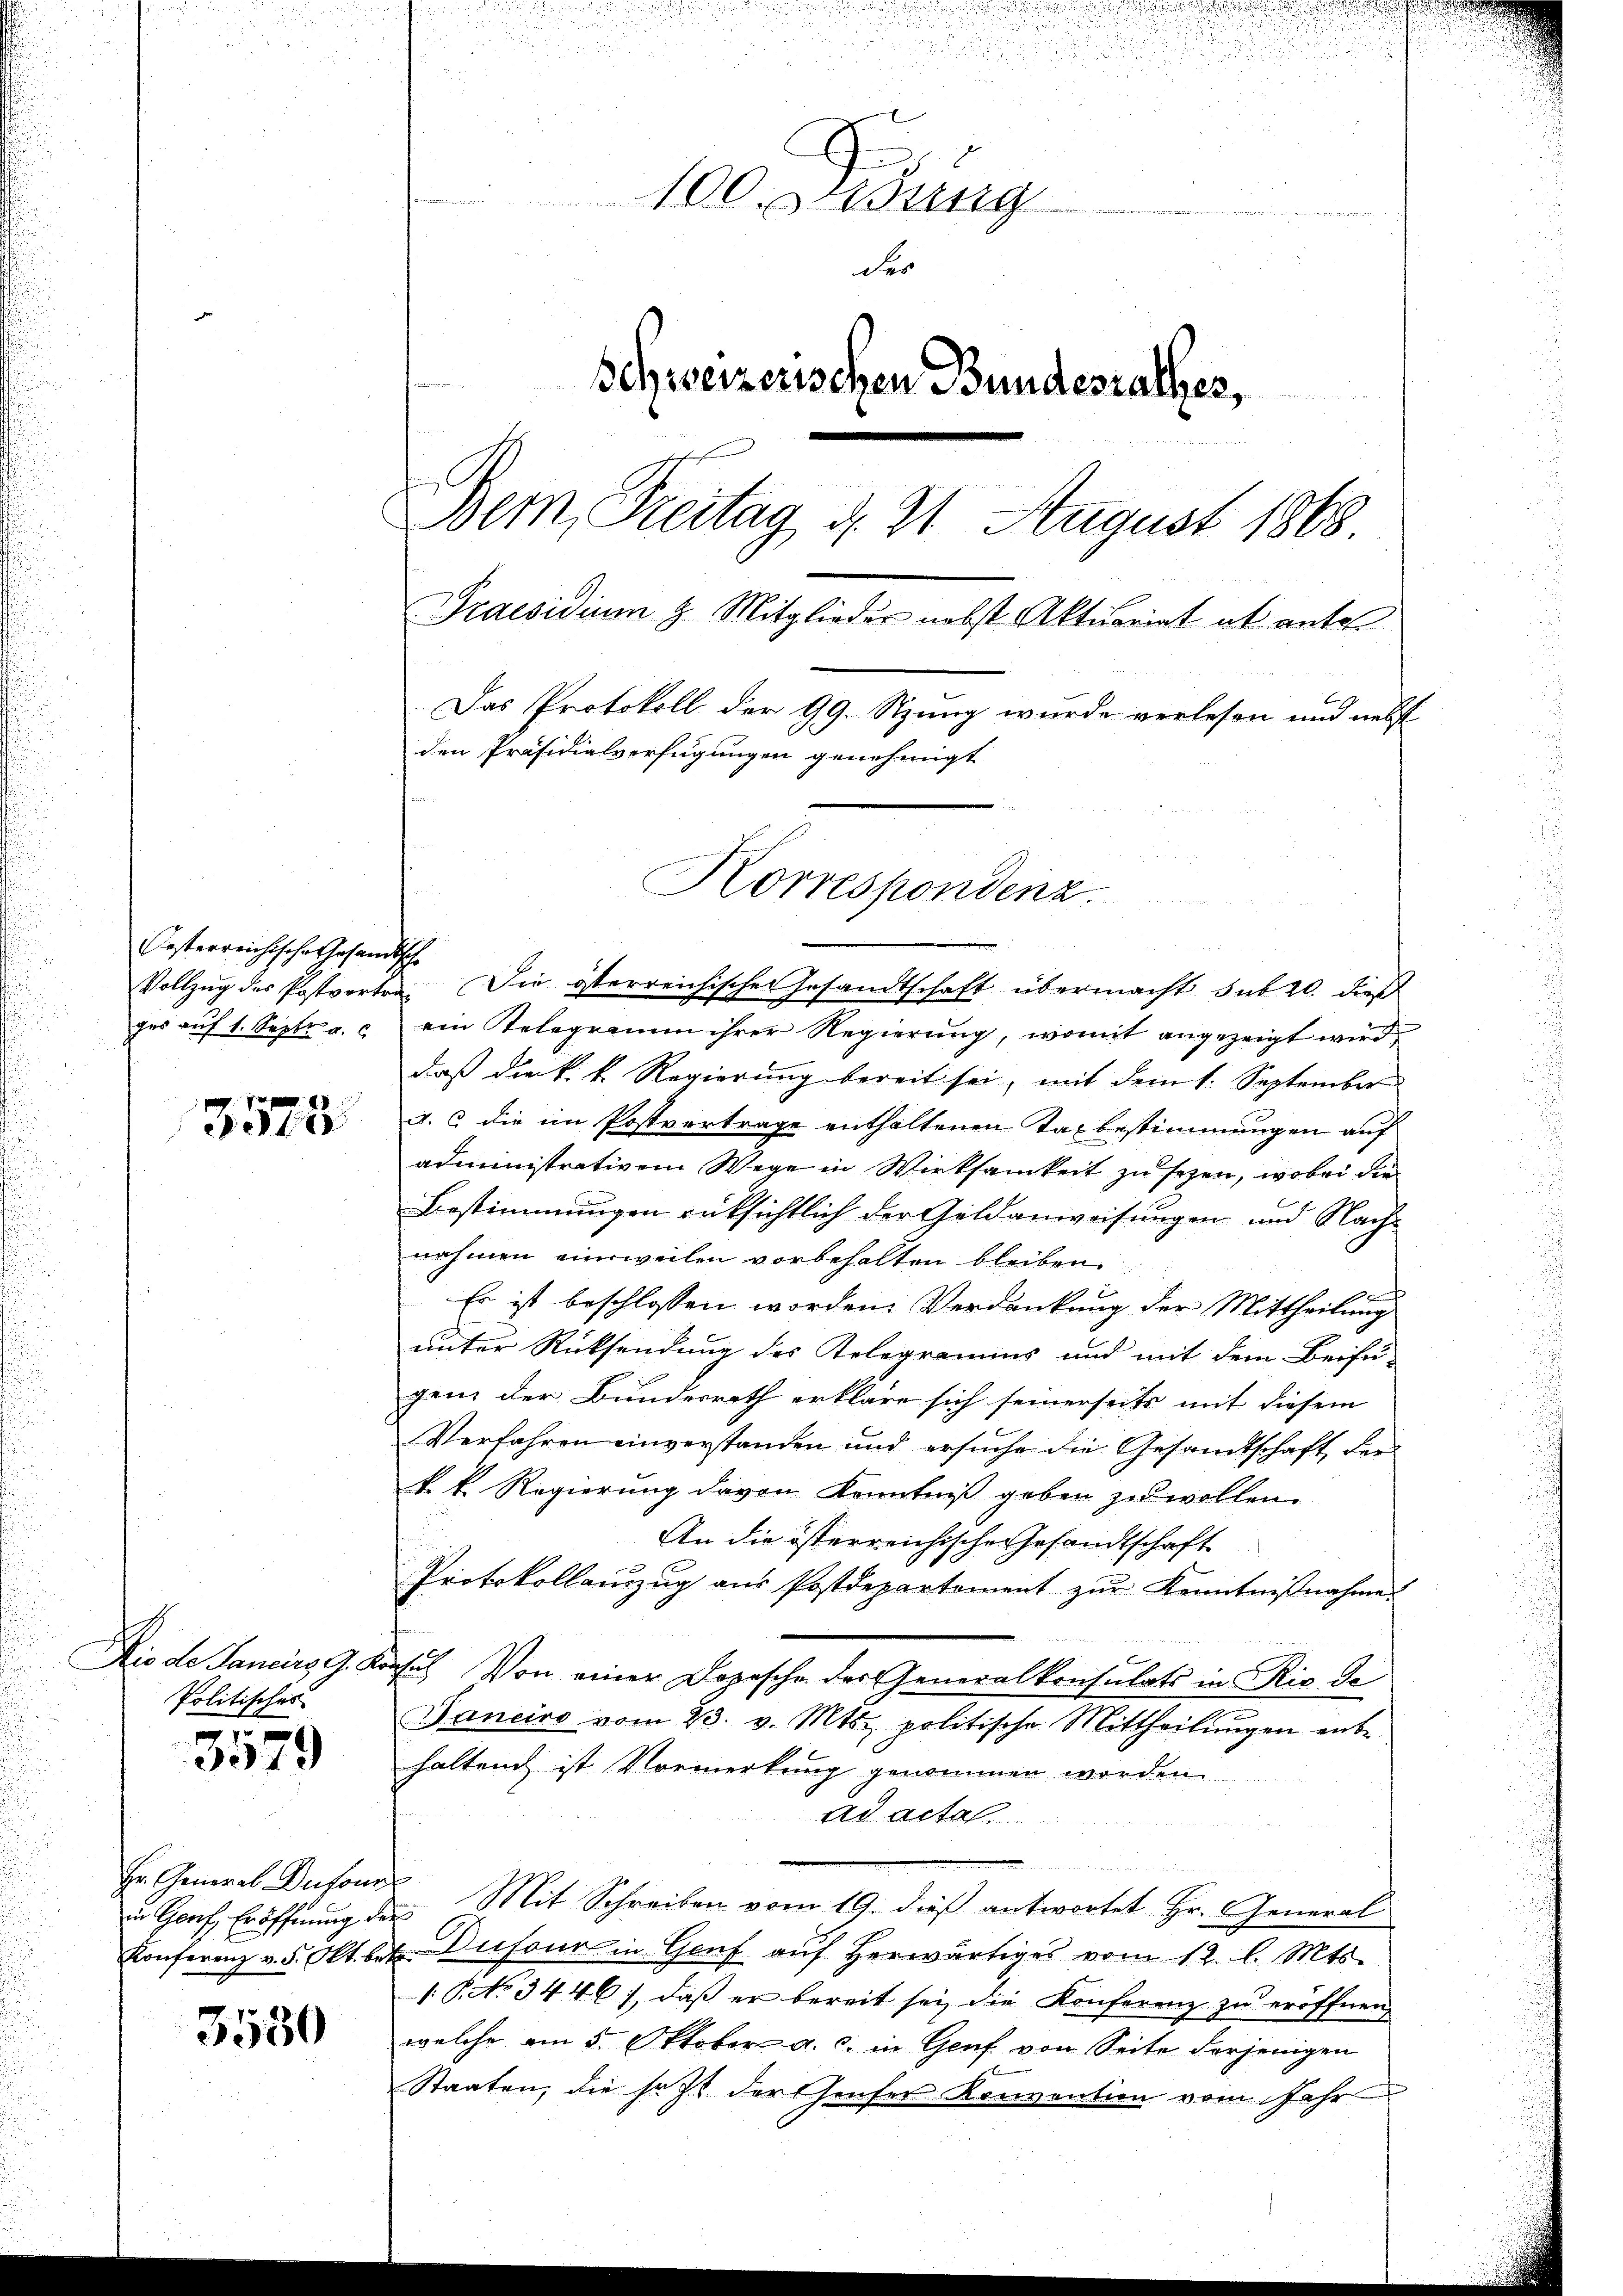
esterreichische Gesandtsche

3573

Politisches
1

3579

Hr. General-Dufour

3580

100. ung
der
Schweizerischen Bundesrathes,
Bem, Freitag d. 21. August 1868
Praesidium 3. Mitglieder nebst Aktuariat ab. antes
Das Protokoll der 99. Stzung wurde verlesen und nebst
den Präsidialverfügungen genehmigt
Korrespondenz.

Vollzŭg des Postvorten. Die österreichischen Gesandtschaft übermacht sub 20. dieß
ges aŭf 1. Sept. a. c. ein Telegramm ihrer Regierŭng, womit angezeigt wird,
daß die k. k. Regierung bereit sei, mit dem 1. September
A. 6 die im Postvertrage enthaltenen Taxbestimmungen auf
administrativem Wege in Wirksamkeit zu seyen, wobei die
Bestimmungen rüksichtlich der Geldanweisungen und Nachnahmen einsweilen vorbehalten bleiben.

Es ist beschlossen worden. Verdankung der Mittheilung
unter Rücksendung des Relegramms und mit dem Beifü-
gen der Bundesrath erkläre sich seinerseits mit diesem
Verfahren einverstanden und ersuche die Gesandtschaft, der
k. k. Regierung davon Kenntniß geben zu wollen.
An die österreichische Gesandtschaft
Protokollanzug aus Postdepartement zur Kenntnißnahme
Niede Sancirs, G. Konsil. Von einer Depesche der Generalkonsulats in Rio de
Janeiro vom 23. v. Mts. politische Mittheilŭngen ent-
haltend ist Vormerkung genommen worden.
ad acte.
in Graf, Eröffnung der Mit Schreiben vom 19. dieß antwortet Hr. General
Konferenz v. 5. Okt. b. Dufour in Genf auf herwärtiges vom 12. l. Mts.
1 No 3446), daß er bereit sei die Konferenz zu eröffnen,
welche am 5. Oktober a. c. in Genf von Seite derjenigen
Staaten, die satt der Hauser Konvention vom Jahr